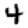
Digit: 4